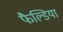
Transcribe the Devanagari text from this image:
फैल्डिया